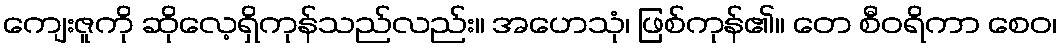
ကျေးဇူကို ဆိုလေ့ရှိကုန်သည်လည်း။ အဟေသုံ၊ ဖြစ်ကုန်၏။ တေ စီဝရိကာ စေဝ၊